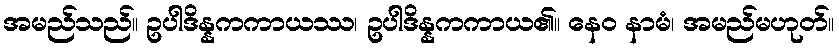
အမည်သည်။ ဥပါဒိန္နကကာယဿ၊ ဥပါဒိန္နကကာယ၏။ နေဝ နာမံ၊ အမည်မဟုတ်။